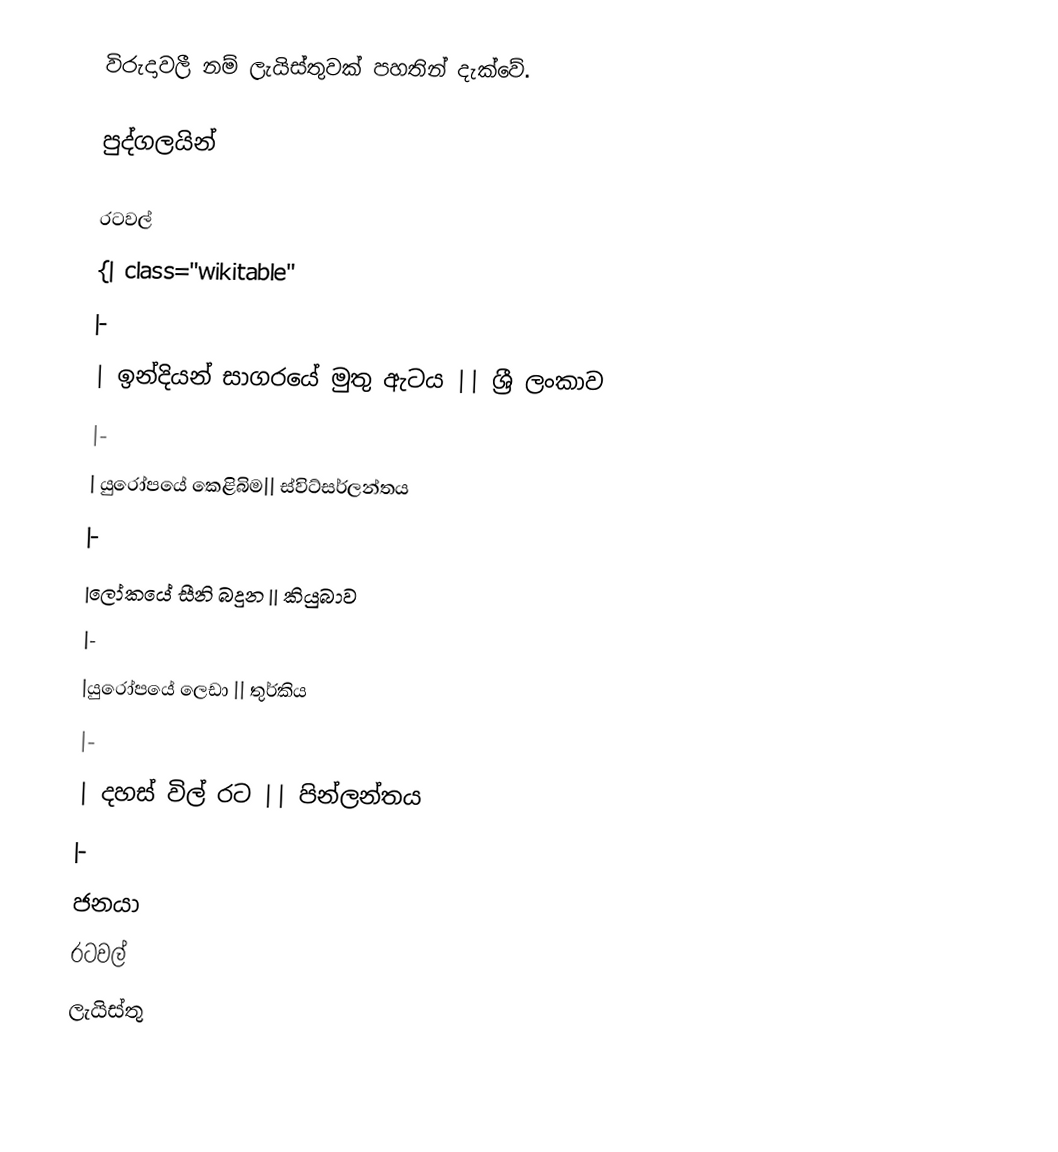
විරුදාවලී නම් ලැයිස්තුවක් පහතින් දැක්වේ.

පුද්ගලයින්

රටවල්
{| class="wikitable"
|-
| ඉන්දියන් සාගරයේ මුතු ඇටය || ශ්‍රී ලංකාව
|-
| යුරෝපයේ කෙළිබිම|| ස්විට්සර්ලන්තය
|-
|ලෝකයේ සීනි බදුන || කියුබාව
|-
|යුරෝපයේ ලෙඩා || තුර්කිය
|-
| දහස් විල් රට ||  පින්ලන්තය
|-
ජනයා
රටවල්
ලැයිස්තු